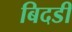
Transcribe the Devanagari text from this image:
बिदडी